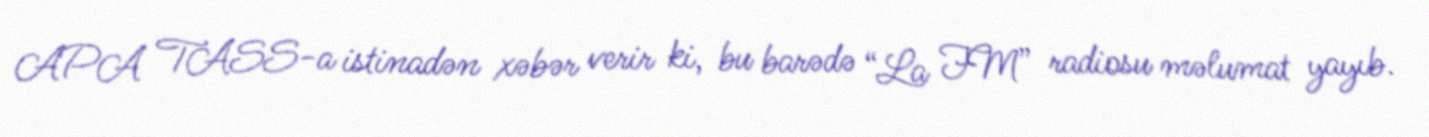
APA TASS-a istinadən xəbər verir ki, bu barədə “La FM” radiosu məlumat yayıb.